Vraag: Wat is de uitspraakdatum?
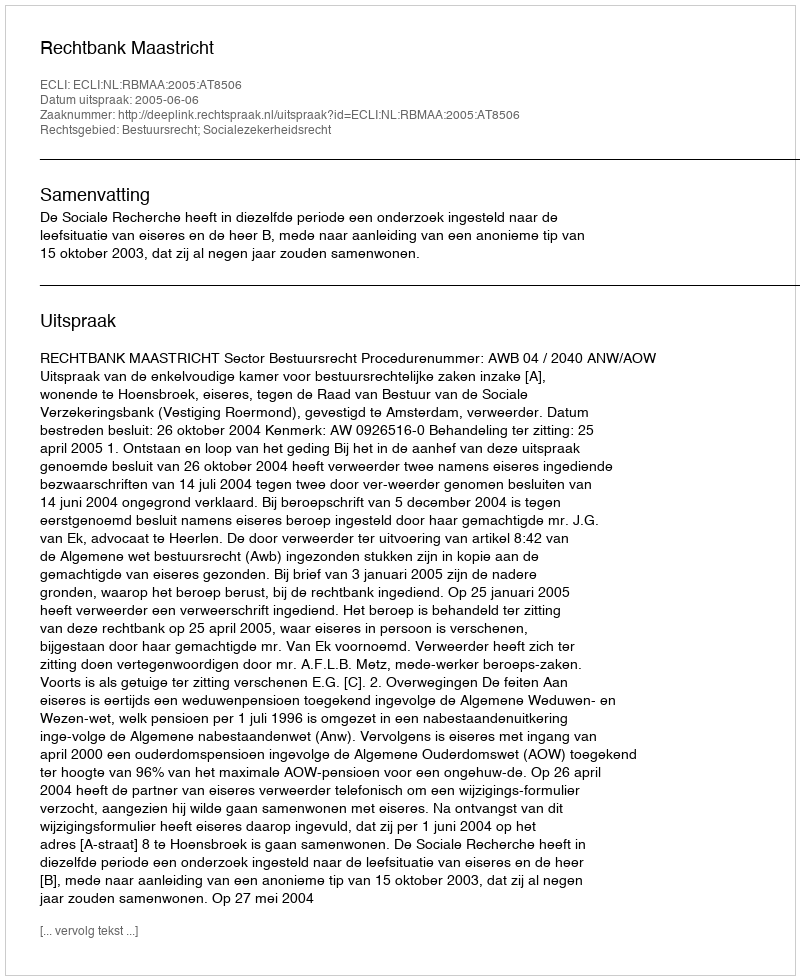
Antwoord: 2005-06-06